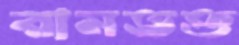
রামভক্ত